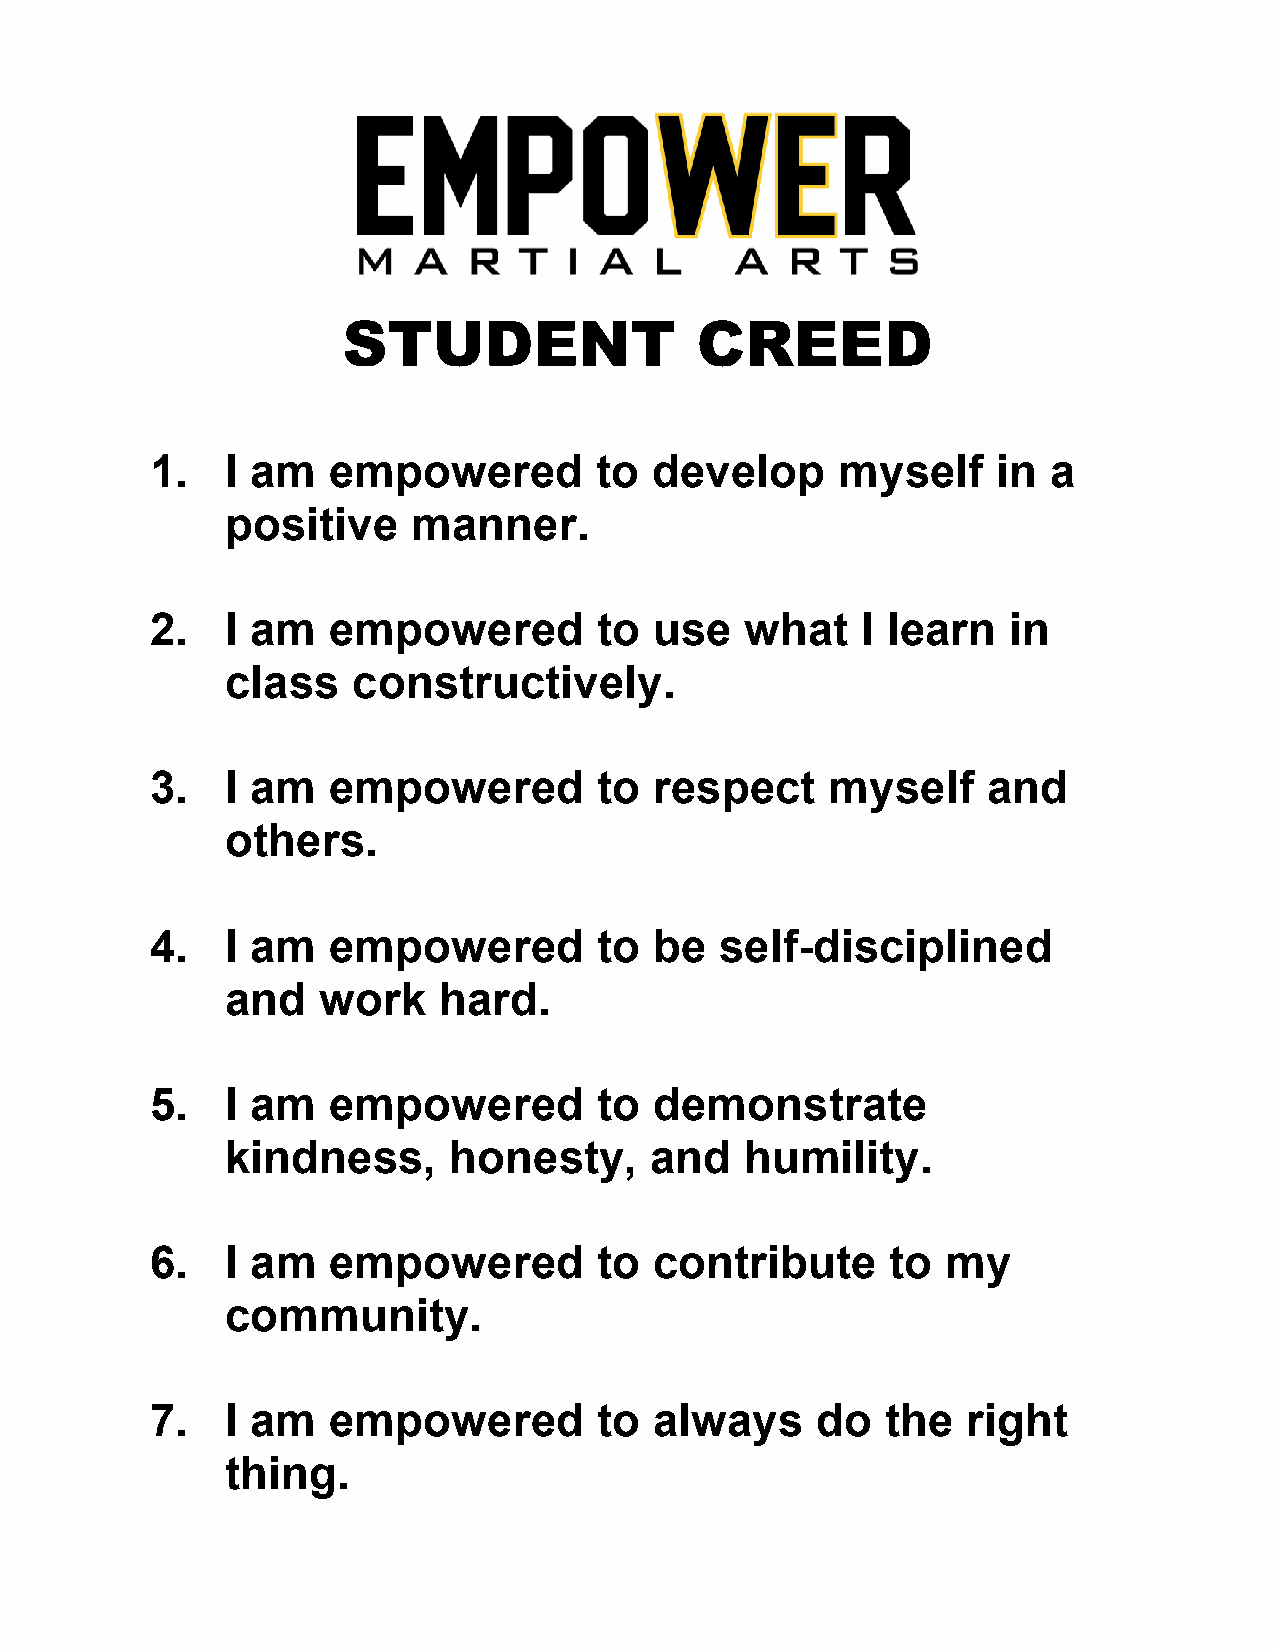
STUDENT                CREED
 1.   I am   empowered         to develop      myself    in  a
 positive    manner.
 2.   I am   empowered         to use   what    I learn   in
 class   constructively.
 3.   I am   empowered         to respect     myself    and
 others.
 4.   I am   empowered         to be   self-disciplined
 and   work    hard.
 5.   I am   empowered         to demonstrate
 kindness,      honesty,     and   humility.
 6.   I am   empowered         to contribute      to  my
 community.
 7.   I am   empowered         to always     do   the  right
 thing.